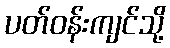
ပတ်ဝန်းကျင်သို့